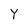
Character: Y